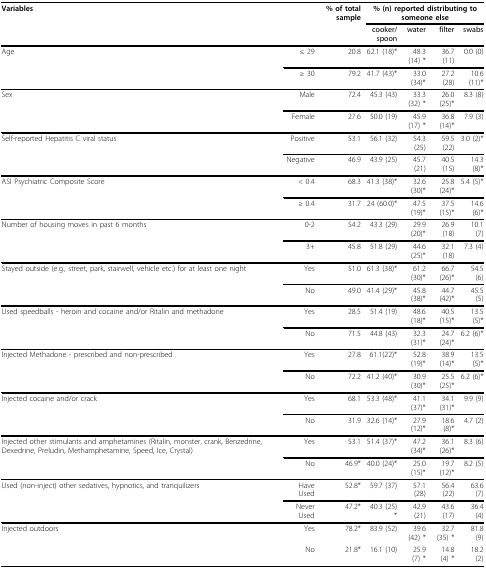
<table><thead><tr><td colspan="2"><b>Variables</b></td><td><b>% of total sample</b></td><td colspan="4"><b>% (n) reported distributing to someone else</b></td></tr><tr><td></td><td></td><td></td><td><b>cooker/spoon</b></td><td><b>water</b></td><td><b>filter</b></td><td><b>swabs</b></td></tr></thead><tbody><tr><td>Age</td><td>≤ 29</td><td>20.8</td><td>62.1 (18)*</td><td>48.3 (14) *</td><td>36.7 (11)</td><td>0.0 (0)</td></tr><tr><td></td><td>≥ 30</td><td>79.2</td><td>41.7 (43)*</td><td>33.0 (34)*</td><td>27.2 (28)</td><td>10.6 (11)*</td></tr><tr><td>Sex</td><td>Male</td><td>72.4</td><td>45.3 (43)</td><td>33.3 (32) *</td><td>26.0 (25)*</td><td>8.3 (8)</td></tr><tr><td></td><td>Female</td><td>27.6</td><td>50.0 (19)</td><td>45.9 (17) *</td><td>36.8 (14)*</td><td>7.9 (3)</td></tr><tr><td>Self-reported Hepatitis C viral status</td><td>Positive</td><td>53.1</td><td>56.1 (32)</td><td>54.3 (25)</td><td>59.5 (22)</td><td>3.0 (2)*</td></tr><tr><td></td><td>Negative</td><td>46.9</td><td>43.9 (25)</td><td>45.7 (21)</td><td>40.5 (15)</td><td>14.3 (8)*</td></tr><tr><td>ASI Psychiatric Composite Score</td><td>&lt; 0.4</td><td>68.3</td><td>41.3 (38)*</td><td>32.6 (30)*</td><td>25.8 (24)*</td><td>5.4 (5)*</td></tr><tr><td></td><td>≥ 0.4</td><td>31.7</td><td>24 (60.0)*</td><td>47.5 (19)*</td><td>37.5 (15)*</td><td>14.6 (6)*</td></tr><tr><td>Number of housing moves in past 6 months</td><td>0-2</td><td>54.2</td><td>43.3 (29)</td><td>29.9 (20)*</td><td>26.9 (18)</td><td>10.1 (7)</td></tr><tr><td></td><td>3+</td><td>45.8</td><td>51.8 (29)</td><td>44.6 (25)*</td><td>32.1 (18)</td><td>7.3 (4)</td></tr><tr><td>Stayed outside (e.g., street, park, stairwell, vehicle etc.) for at least one night</td><td>Yes</td><td>51.0</td><td>61.3 (38)*</td><td>61.2 (30)*</td><td>66.7 (26)*</td><td>54.5 (6)</td></tr><tr><td></td><td>No</td><td>49.0</td><td>41.4 (29)*</td><td>45.8 (38)*</td><td>44.7 (42)*</td><td>45.5 (5)</td></tr><tr><td>Used speedballs - heroin and cocaine and/or Ritalin and methadone</td><td>Yes</td><td>28.5</td><td>51.4 (19)</td><td>48.6 (18)*</td><td>40.5 (15)*</td><td>13.5 (5)*</td></tr><tr><td></td><td>No</td><td>71.5</td><td>44.8 (43)</td><td>32.3 (31)*</td><td>24.7 (24)*</td><td>6.2 (6)*</td></tr><tr><td>Injected Methadone - prescribed and non-prescribed</td><td>Yes</td><td>27.8</td><td>61.1(22)*</td><td>52.8(19)*</td><td>38.9 (14)*</td><td>13.5 (5)*</td></tr><tr><td></td><td>No</td><td>72.2</td><td>41.2 (40)*</td><td>30.9 (30)*</td><td>25.5 (25)*</td><td>6.2 (6)*</td></tr><tr><td>Injected cocaine and/or crack</td><td>Yes</td><td>68.1</td><td>53.3 (48)*</td><td>41.1 (37)*</td><td>34.1 (31)*</td><td>9.9 (9)</td></tr><tr><td></td><td>No</td><td>31.9</td><td>32.6 (14)*</td><td>27.9 (12)*</td><td>18.6 (8)*</td><td>4.7 (2)</td></tr><tr><td>Injected other stimulants and amphetamines (Ritalin, monster, crank, Benzedrine, Dexedrine, Preludin, Methamphetamine, Speed, Ice, Crystal)</td><td>Yes</td><td>53.1</td><td>51.4 (37)*</td><td>47.2 (34)*</td><td>36.1 (26)*</td><td>8.3 (6)</td></tr><tr><td></td><td>No</td><td>46.9*</td><td>40.0 (24)*</td><td>25.0 (15)*</td><td>19.7 (12)*</td><td>8.2 (5)</td></tr><tr><td>Used (non-inject) other sedatives, hypnotics, and tranquilizers</td><td>Have Used</td><td>52.8*</td><td>59.7 (37)</td><td>57.1 (28)</td><td>56.4 (22)</td><td>63.6 (7)</td></tr><tr><td></td><td>Never Used</td><td>47.2*</td><td>40.3 (25) *</td><td>42,9 (21)</td><td>43.6 (17)</td><td>36.4 (4)</td></tr><tr><td>Injected outdoors</td><td>Yes</td><td>78.2*</td><td>83.9 (52)</td><td>39.6 (42) *</td><td>32.7 (35) *</td><td>81.8 (9)</td></tr><tr><td></td><td>No</td><td>21.8*</td><td>16.1 (10)</td><td>25.9 (7) *</td><td>14.8 (4) *</td><td>18.2 (2)</td></tr></tbody></table>